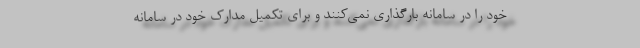
خود را در سامانه بارگذاری نمی‌کنند و برای تکمیل مدارک خود در سامانه